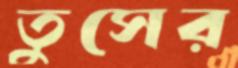
তুসের